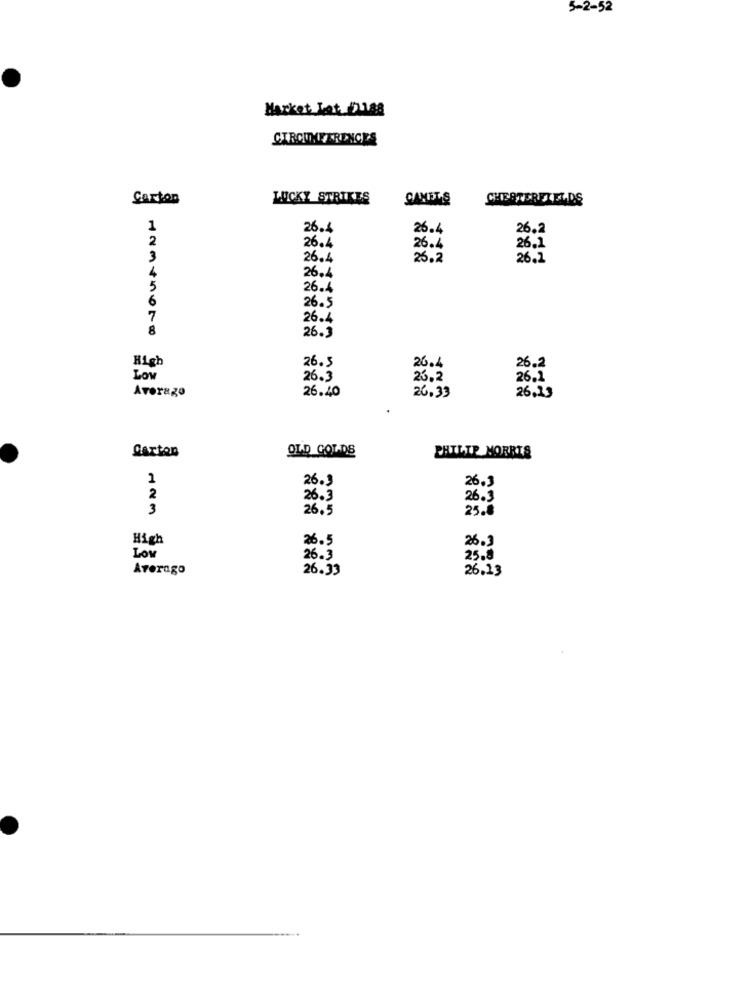
5-2-52
Market Jat guas
CIRCUMFERENCES
Carton
LUCKY STRIKES
CHESTERFIELDS
1
26.4
26.4
26,2
2
26.4
26.4
26.1
3
26.4
26.2
26.2
4
26.4
5
26.4
26.5
6
7
26.4
8
26.3
26.5
High
26.4
26.2
LOW
26.3
23,2
26.2
Averago
26.40
26.33
26,23
Carton
OLD GOLDS
PHILIP MORRIS
1
26.3
26.5
2
26.3
26.3
3
26.5
25.0
High
26.5
26.3
Low
26.3
25.8
Averago
26.33
26.23